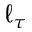
\ell _ { \tau }